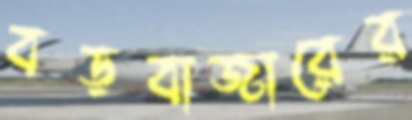
বড়বাজারের